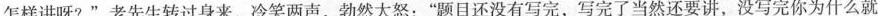
怎样讲呀?”老先生转过身来，冷笑两声，勃然大怒：“题目还没有写完，写完了当然还要讲，没写完你为什么就